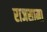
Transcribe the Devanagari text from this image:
राजसामा